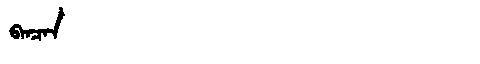
Manchu: ᠪᠠᠨᠴᠠᠨ
Romanization: BANCAN